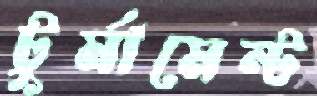
টুর্মামেন্ট